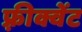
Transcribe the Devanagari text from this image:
फ़्रीक्वेंट